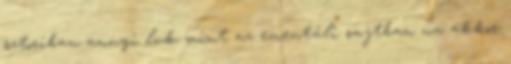
sztoriban annyi luk mint az ementáli sajtban na akkor